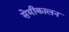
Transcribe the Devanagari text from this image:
सेमीकालन